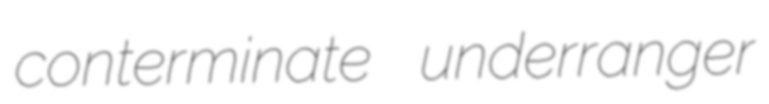
conterminate underranger